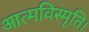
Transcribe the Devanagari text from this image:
आत्मविस्मृति।